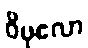
ဝိပုလော